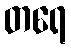
တရေ